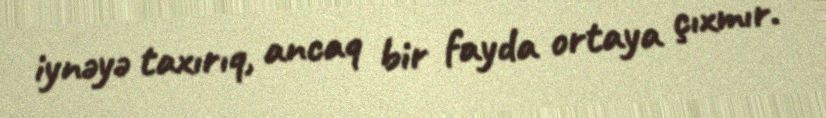
iynəyə taxırıq, ancaq bir fayda ortaya çıxmır.